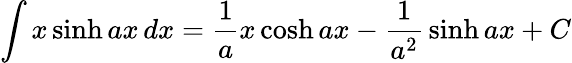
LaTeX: \int x\sinh ax\, dx={\frac{1}{a}}x\cosh ax-{\frac{1}{a^{2}}}\sinh ax+C